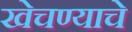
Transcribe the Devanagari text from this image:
खेचण्याचे